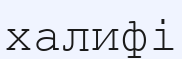
халифі